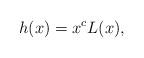
LaTeX: \begin{align*}h(x)=x^c L(x),\end{align*}